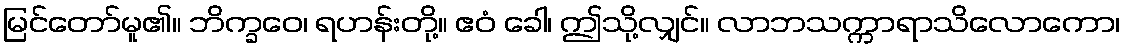
မြင်တော်မူ၏။ ဘိက္ခဝေ၊ ရဟန်းတို့။ ဧဝံ ခေါ၊ ဤသို့လျှင်။ လာဘသက္ကာရာသိလောကော၊